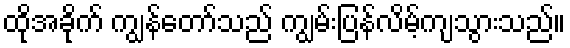
ထိုအခိုက် ကျွန်တော်သည် ကျွမ်းပြန်လိမ့်ကျသွားသည်။